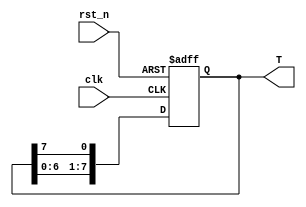
module shifter(
    input clk,
    input rst_n,
    output [7:0]T
    );
    reg [7:0]T;  
    //combinational
    wire[7:0]T_tmp = {T[6:0], T[7]};
    //sequential
    always@(posedge clk or negedge rst_n)
    if (~rst_n) T <= 8'b01010101;
    else T <= T_tmp;
    
endmodule